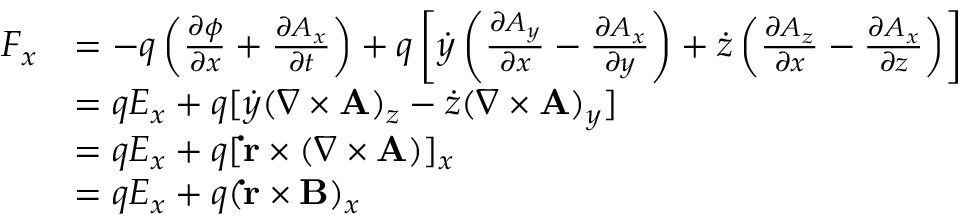
{ \begin{array} { r l } { F _ { x } } & { = - q \left( { \frac { \partial \phi } { \partial x } } + { \frac { \partial A _ { x } } { \partial t } } \right) + q \left[ { \dot { y } } \left( { \frac { \partial A _ { y } } { \partial x } } - { \frac { \partial A _ { x } } { \partial y } } \right) + { \dot { z } } \left( { \frac { \partial A _ { z } } { \partial x } } - { \frac { \partial A _ { x } } { \partial z } } \right) \right] } \\ & { = q E _ { x } + q [ { \dot { y } } ( \nabla \times \mathbf { A } ) _ { z } - { \dot { z } } ( \nabla \times \mathbf { A } ) _ { y } ] } \\ & { = q E _ { x } + q [ \mathbf { \dot { r } } \times ( \nabla \times \mathbf { A } ) ] _ { x } } \\ & { = q E _ { x } + q ( \mathbf { \dot { r } } \times \mathbf { B } ) _ { x } } \end{array} }